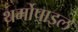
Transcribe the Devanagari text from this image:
थर्मोपाइल